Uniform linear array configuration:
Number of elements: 48
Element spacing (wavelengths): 0.25
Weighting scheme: uniform
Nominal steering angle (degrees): -45
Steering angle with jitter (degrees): -45.869
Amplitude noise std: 0.05
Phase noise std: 0.05

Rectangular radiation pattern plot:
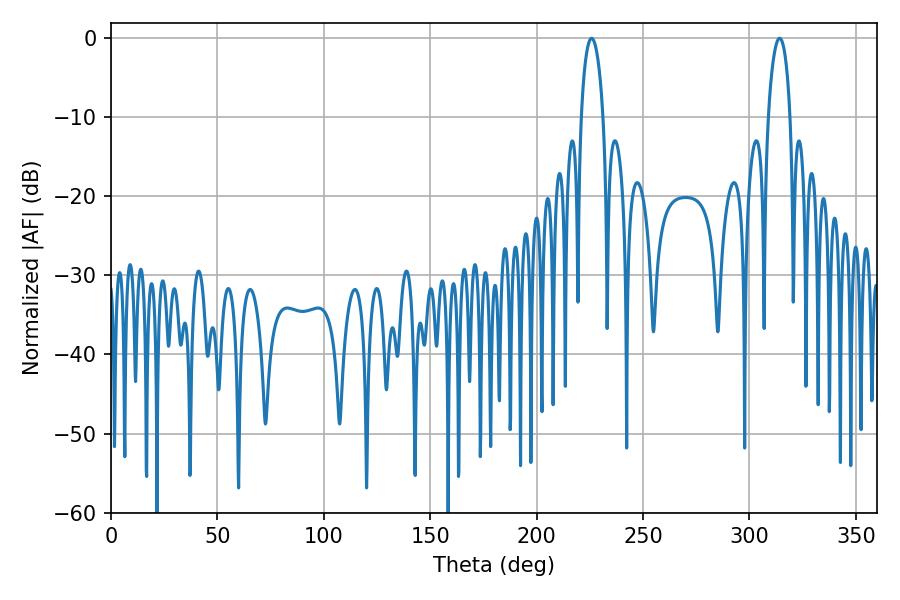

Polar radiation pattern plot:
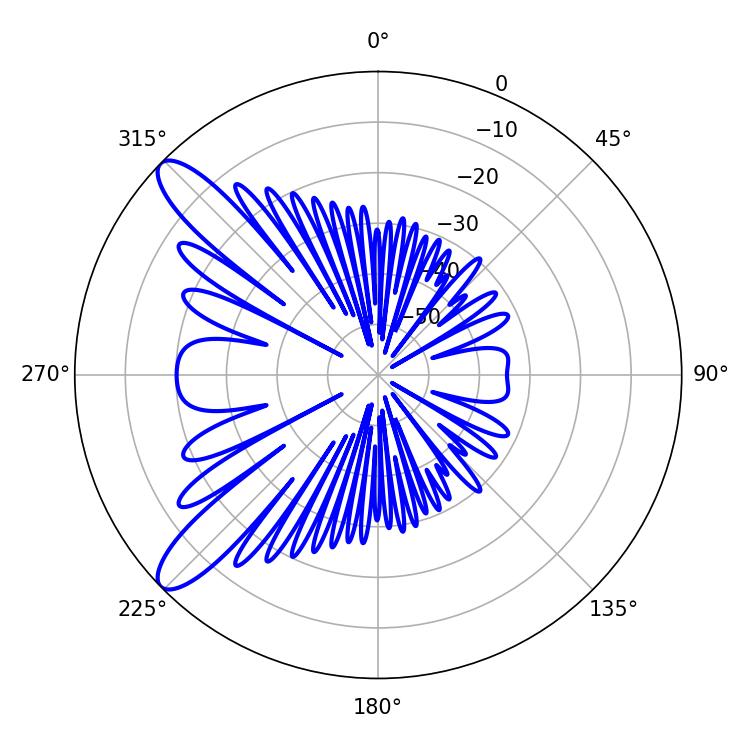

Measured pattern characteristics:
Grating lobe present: FALSE
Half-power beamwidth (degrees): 5.76
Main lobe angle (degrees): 225.9